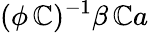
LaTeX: (\phi\, \mathbb{C})^{-1}\beta\, \mathbb{C}a